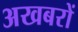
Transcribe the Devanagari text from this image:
अखबरों